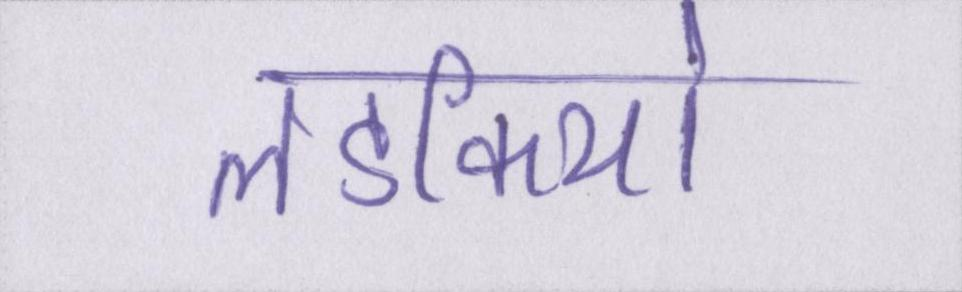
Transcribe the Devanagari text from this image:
लडकियों